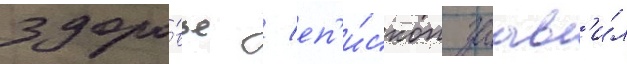
здоро́вье / еп'и́скоп заав'и́л